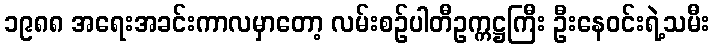
၁၉၈၈ အရေးအခင်းကာလမှာတော့ လမ်းစဉ်ပါတီဥက္ကဋ္ဌကြီး ဦးနေဝင်းရဲ့သမီး